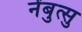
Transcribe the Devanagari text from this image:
नेंबुत्सु